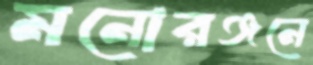
মনোরঞ্জনে